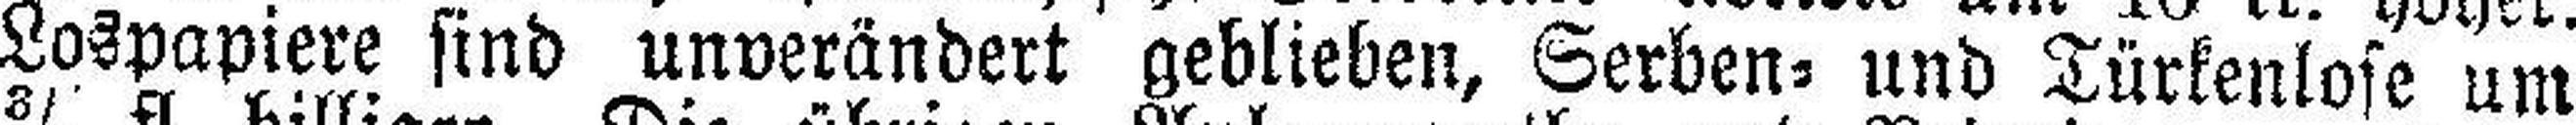
Lospapiere sind unverändert geblieben, Serben= und Türkenlose um